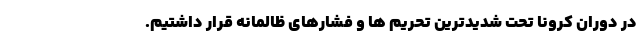
در دوران کرونا تحت شدیدترین تحریم ها و فشارهای ظالمانه قرار داشتیم.